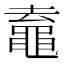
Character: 鼁